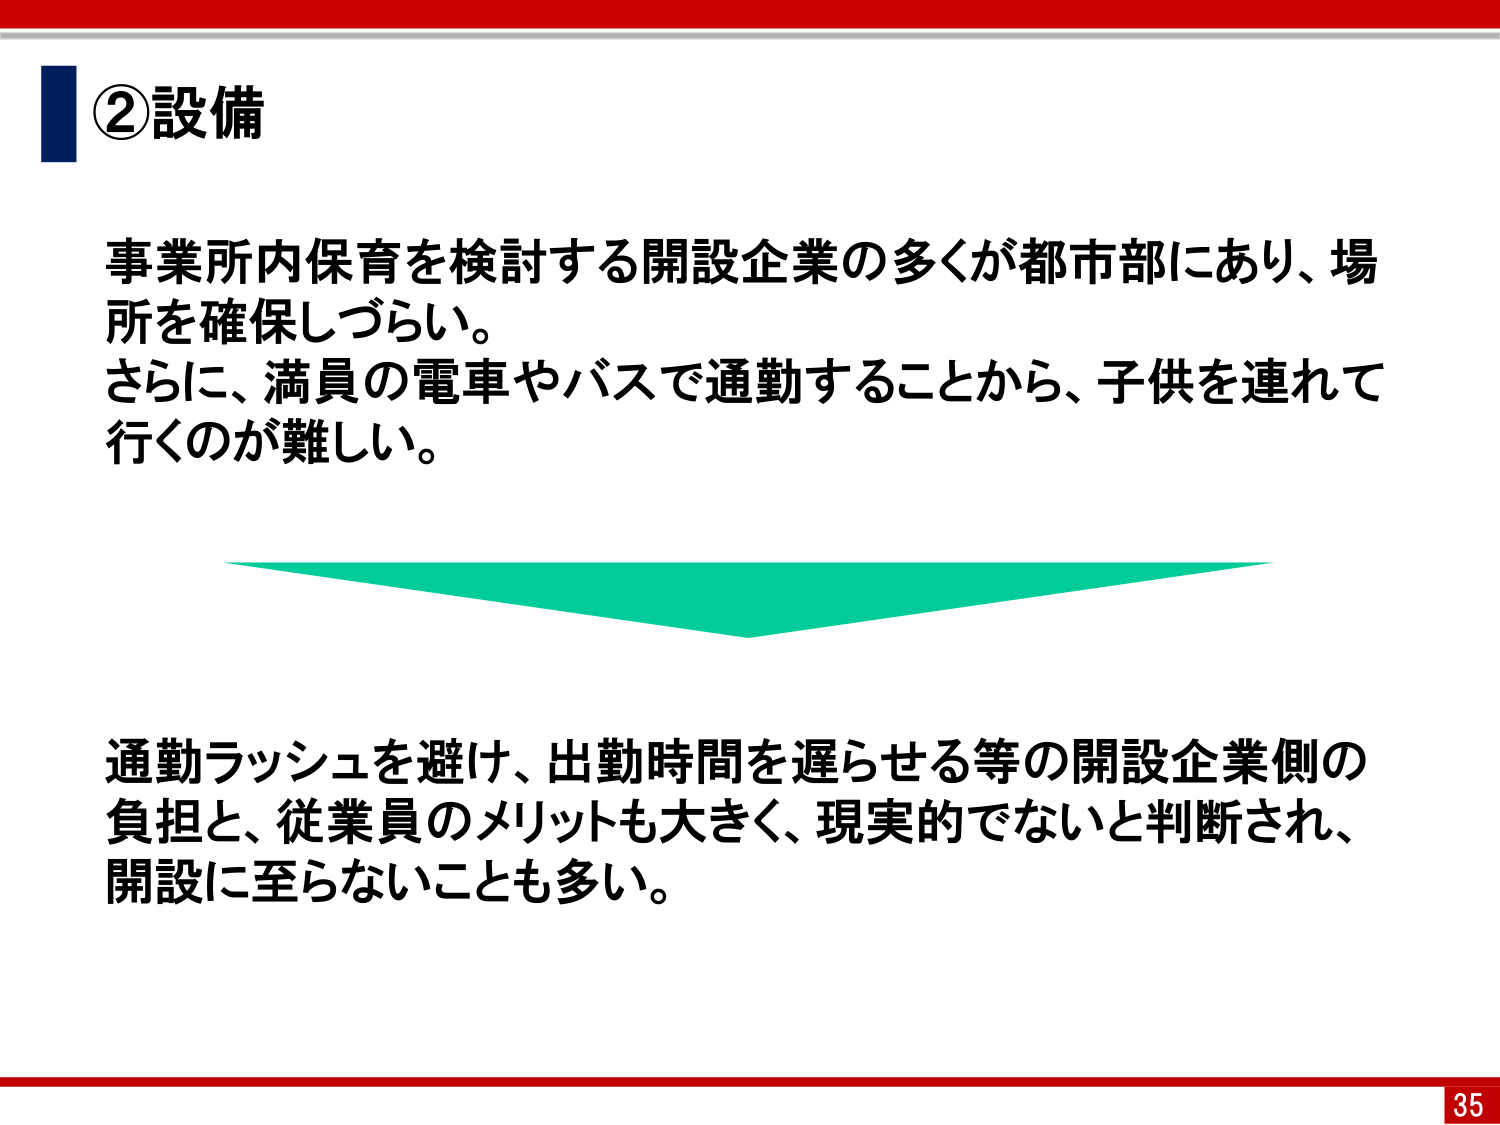
②設備

事業所内保育を検討する開設企業の多くが都市部にあり、場所を確保しづらい。
さらに、満員の電車やバスで通勤することから、子供を連れて行くのが難しい。

通勤ラッシュを避け、出勤時間を遅らせる等の開設企業側の負担と、従業員のメリットも大きく、現実的でないと判断され、開設に至らないことも多い。

35